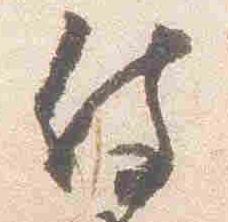
侍